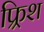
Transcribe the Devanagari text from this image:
फ्र्रिश